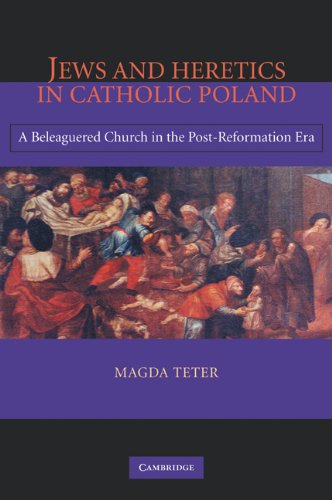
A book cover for Jews and Heretics in Catholic Poland: A Beleaguered Church in the Post-Reformation Era; Magda Teter; Religion & Spirituality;